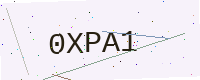
Text: 0XPA1